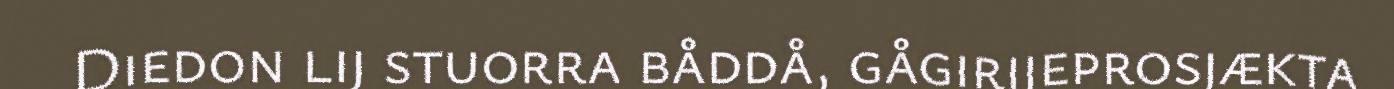
Diedon lij stuorra båddå, gågirjjeprosjækta